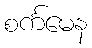
စင်္ကမေန